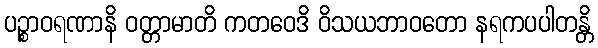
ပဉ္စာဝရဏာနိ ဝတ္တာမာတိ ကတဝေဒိ ဝိသယဘာဝတော နရကပပါတန္တိ